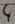
Text: 4